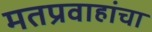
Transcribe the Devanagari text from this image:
मतप्रवाहांचा